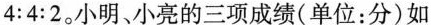
4:4:2。小明、小亮的三项成绩(单位：分)如